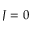
J = 0